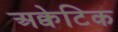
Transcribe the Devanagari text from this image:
अक्वेटिक